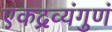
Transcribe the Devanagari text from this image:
एकद्रव्यंगुणं